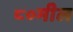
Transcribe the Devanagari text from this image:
८०मील